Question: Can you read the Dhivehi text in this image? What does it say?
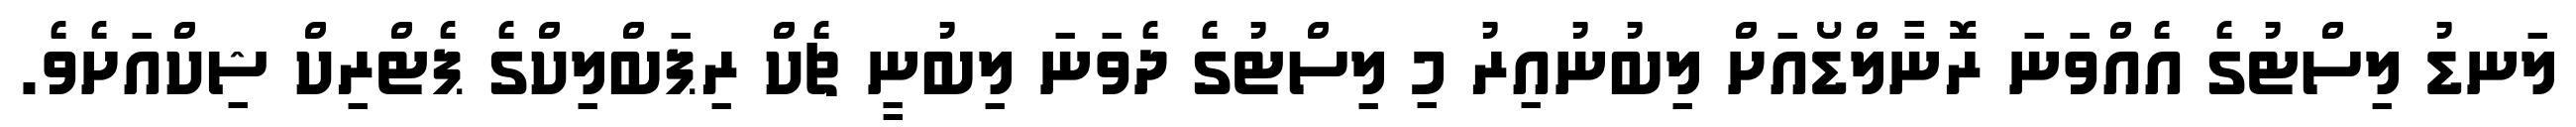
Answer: ލަނޑު ލިސްޓުގެ އެއްވަނަ ރޮނާލްޑޯއަށް ލިބުނުއިރު މި ލިސްޓުގެ ދެވަނަ ލިބުނީ ޗެކް ރިޕަބްލިކްގެ ޕެޓްރިކް ޝިކްއަށެވެ.